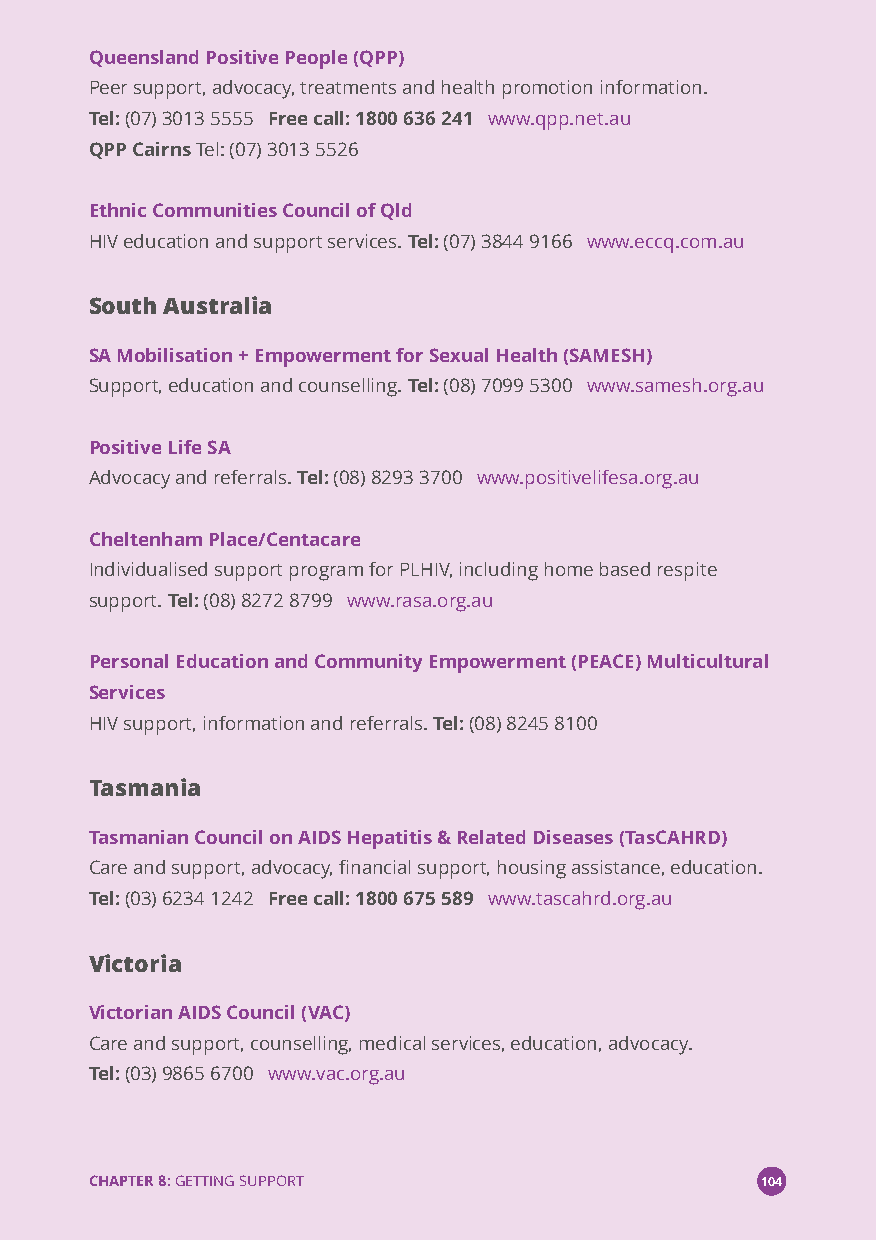
Queensland Positive People (QPP)
 Peer support, advocacy, treatments and health promotion information.
 Tel:(07) 3013 5555 Free call: 1800 636 241 www.qpp.net.au
 QPP CairnsTel: (07) 3013 5526
 Ethnic Communities Council of Qld
 HIV education and support services.Tel:(07) 3844 9166 www.eccq.com.au
 South Australia
 SA Mobilisation + Empowerment for Sexual Health (SAMESH)
 Support, education and counselling.Tel:(08) 7099 5300 www.samesh.org.au
 Positive Life SA
 Advocacy and referrals.Tel:(08) 8293 3700 www.positivelifesa.org.au
 Cheltenham Place/Centacare
 Individualised support program for PLHIV, including home based respite
 support.Tel:(08) 8272 8799 www.rasa.org.au
 Personal Education and Community Empowerment (PEACE) Multicultural
 Services
 HIV support, information and referrals.Tel:(08) 8245 8100
 Tasmania
 Tasmanian Council on AIDS Hepatitis & Related Diseases (TasCAHRD)
 Care and support, advocacy, financial support, housing assistance, education.
 Tel:(03) 6234 1242 Free call: 1800 675 589 www.tascahrd.org.au
 Victoria
 Victorian AIDS Council (VAC)
 Care and support, counselling, medical services, education, advocacy.
 Tel:(03) 9865 6700 www.vac.org.au
 CHAPTER 8:GETTING SUPPORT                   104